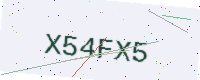
Text: X54FX5